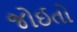
જોઈતો